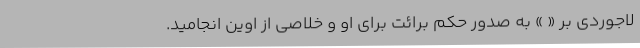
لاجوردی بر « » به صدور حکم برائت برای او و خلاصی از اوین انجامید.